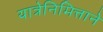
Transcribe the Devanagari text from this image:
यात्रेनिमित्ताने